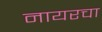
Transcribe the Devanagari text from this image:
नायरचा